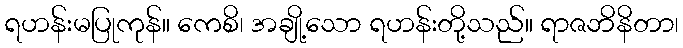
ရဟန်းမပြုကုန်။ ကေစိ၊ အချို့သော ရဟန်းတို့သည်။ ရာဇဘိနိတာ၊